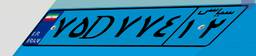
۲۷D۲۹۸۲۱